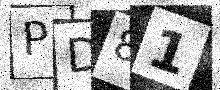
Text: PD81